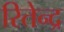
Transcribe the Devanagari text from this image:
रितेन्द्र